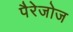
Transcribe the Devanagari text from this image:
पैरेजोज